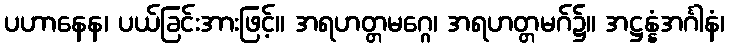
ပဟာနေန၊ ပယ်ခြင်းအားဖြင့်။ အရဟတ္တမဂ္ဂေ၊ အရဟတ္တမဂ်၌။ အဋ္ဌန္နံအင်္ဂါနံ၊